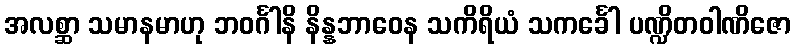
အလစ္ဆာ သမာနမာဟု ဘဝင်္ဂါနိ နိန္နဘာဝေန သကိရိယံ သကင်္ခေါ ပဏ္ဍိတဝါဏိဇော